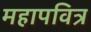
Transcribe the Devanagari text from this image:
महापवित्र